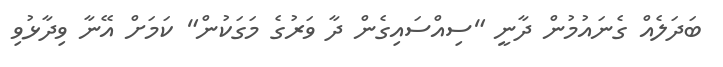
ބަދަލެއް ގެނައުމުން ދާނީ "ސިއްސައިގެން ދާ ވަރުގެ މަގަކުން" ކަމަށް އޭނާ ވިދާޅުވި